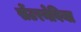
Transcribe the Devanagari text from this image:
सेंटरनेविया